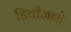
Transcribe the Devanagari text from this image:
डिवीजनो